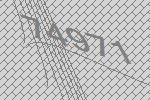
74971